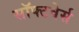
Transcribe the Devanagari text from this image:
सॉफ्टवेर्स